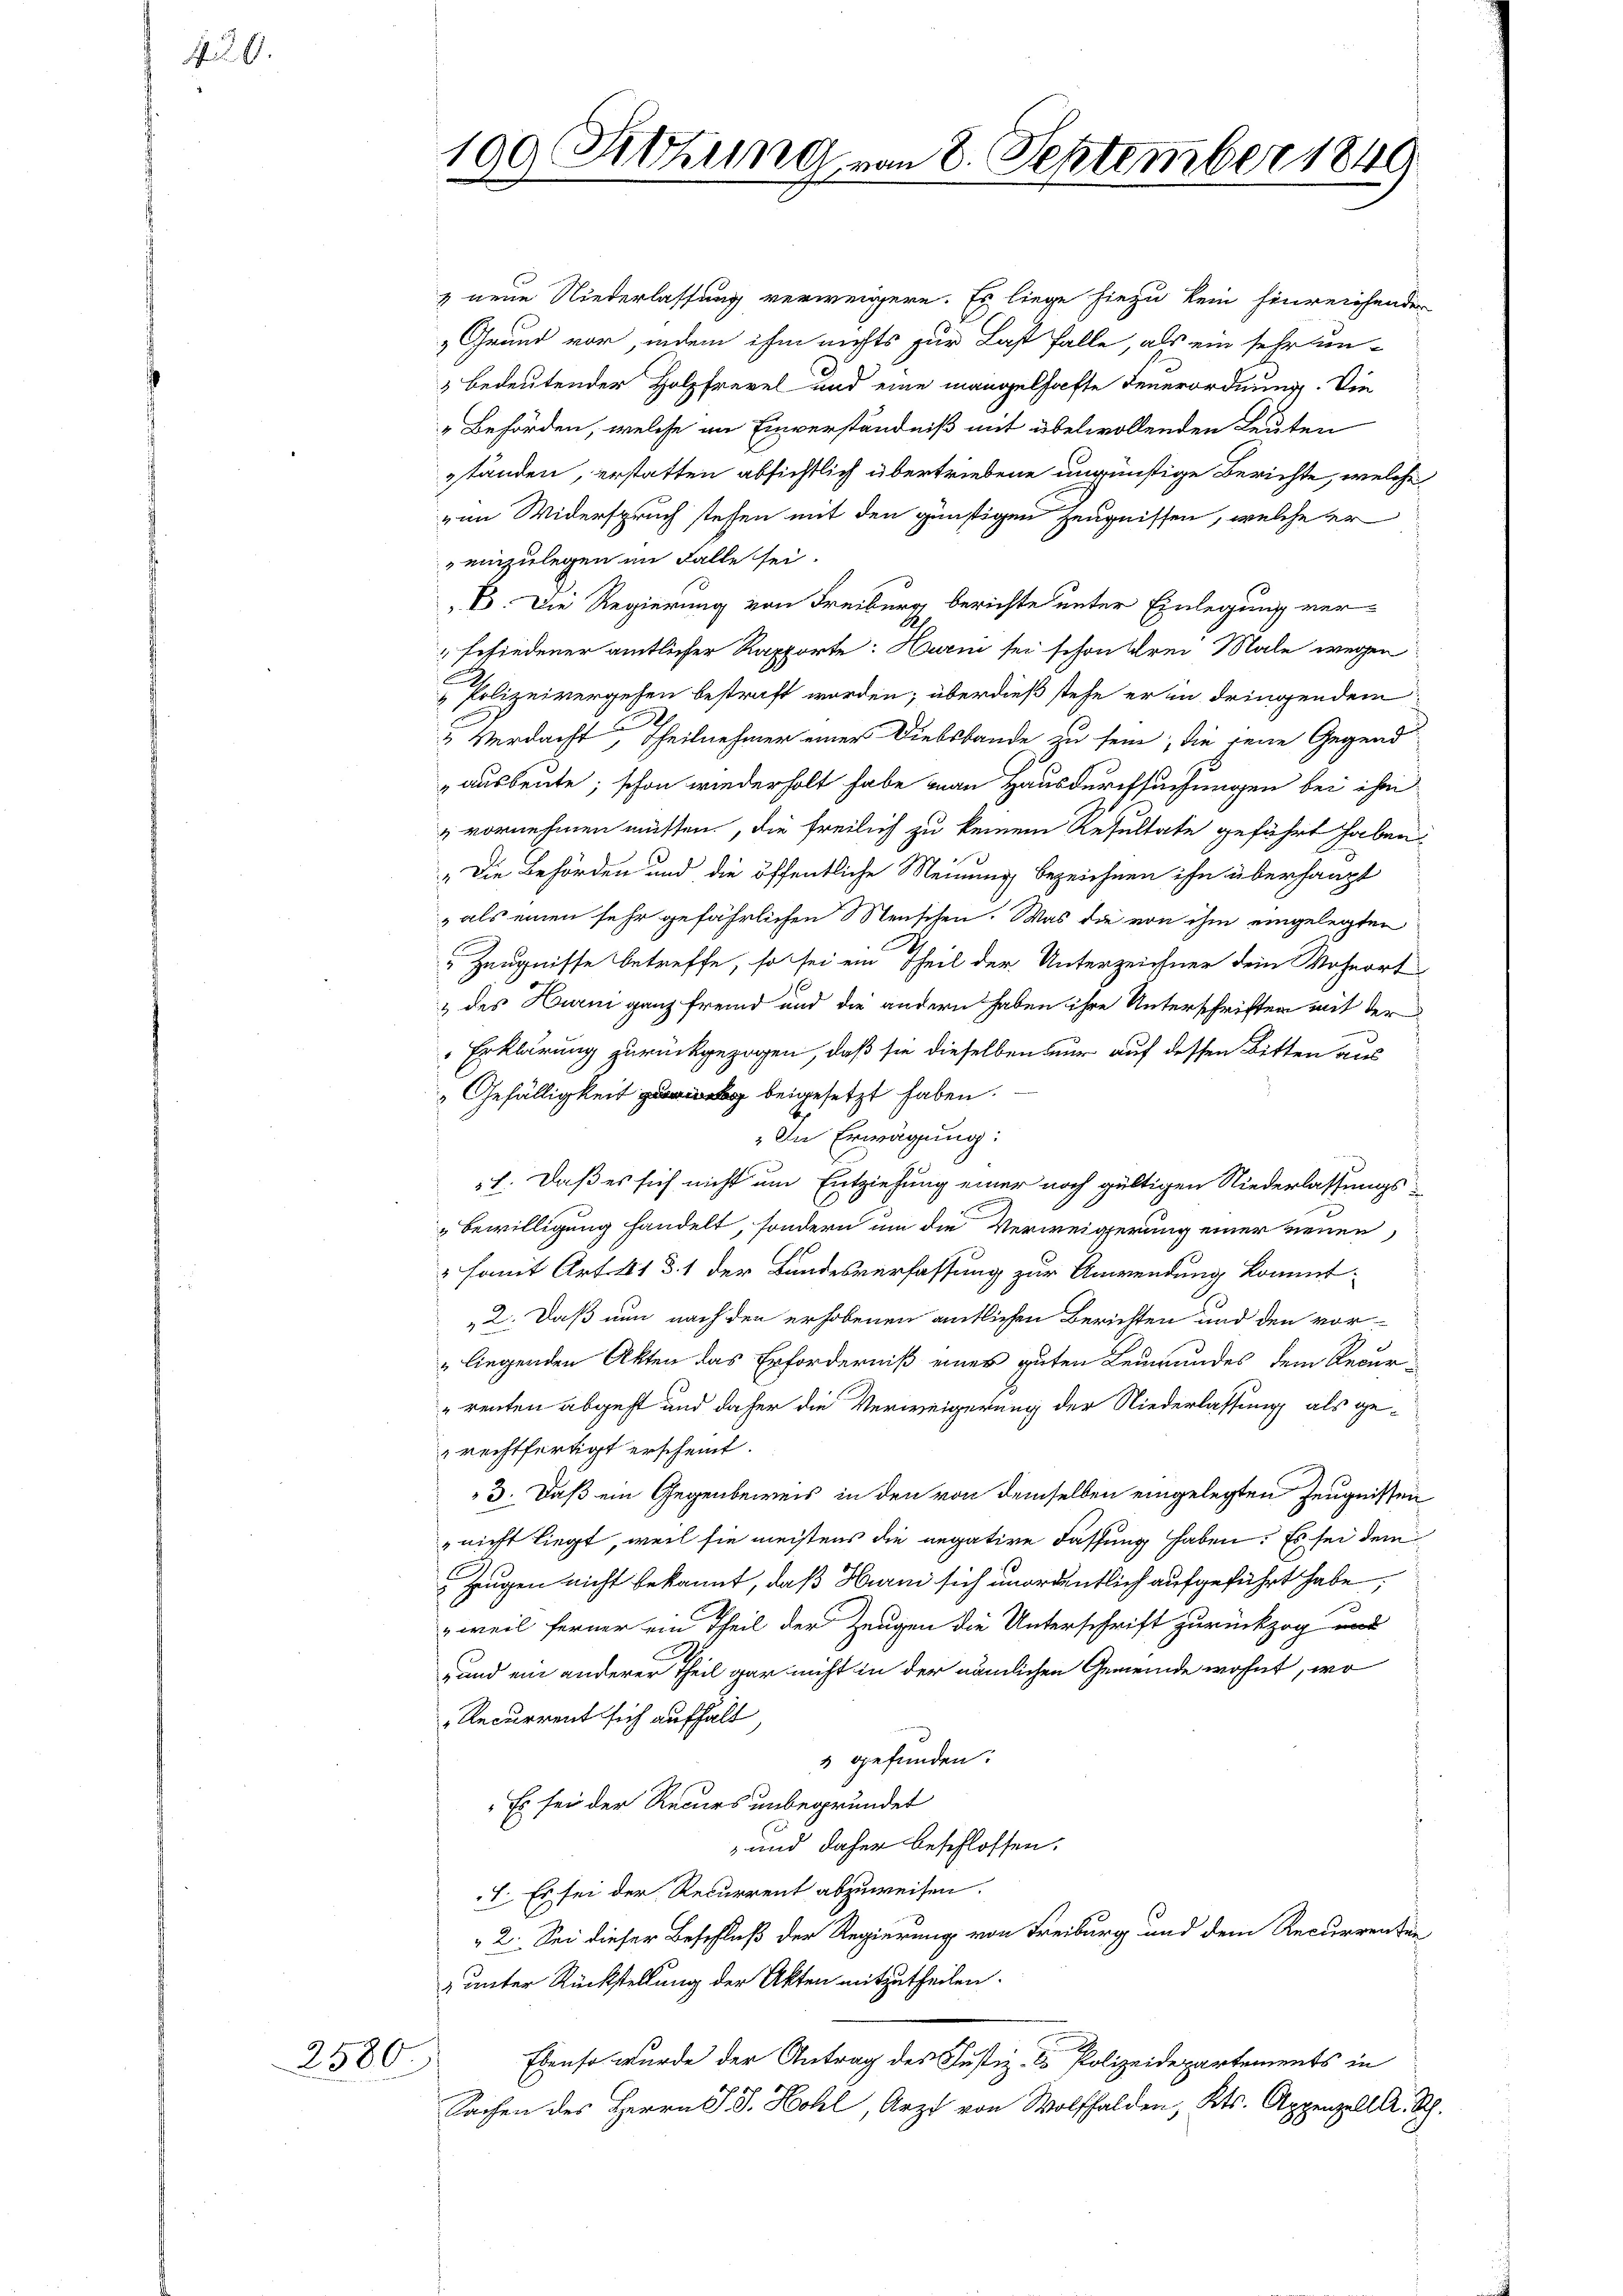
42. 6.

2580.

199 Sitzung von 8. September 1849

neue Niederlassung verweigern. Es liege hiezu kein hinreichenden
„Grund vor, indem ihm nichts zur Last falle, als ein sehr un¬
 bedeutender Holzfrevel und eine mangelhafte Feuerordnung. Die
„Behörden, welche an Einverständniß mit übelwollenden Leuten
ständen, erstatten absichtlich übertriebene ungünstige Berichte, welche
von Widerspruch stehen mit den günstigen Zeugnissen, welche er
einzulegen im Falle sei.
B. Die Regierung von Freiburg berichte unter Einlegung verbefiedener amtlicher Rapporte: Hurni sei schon drei Male wegen
Polizeivergehen bestraft worden; überdieß stehe er in dringendem
2 Verdacht, Theilnehmer einer Diebsbande zu seine, die jene Gegend
ausbeute; schon wiederholt habe man Hausdurchsuchungen bei ihm
" vornehmen müßten, die freilich zu keinem Resultate geführt haben,
"Die Behörden und die öffentliche Meinung bezeichnen ihn überhaupt
,als einen sehr gefährlichen Neuschen. Was die von ihm eingelegten
" Zeugnisse betreffe, so sei ein Theil der Unterzeichner dem Wohnort
& des Hurm ganz fremd und die andern haben ihre Unterschriften mit der
Erklärung zurückgezogen, daß sie dieselben nur auf dessen Bitten aus
Gefälligkeit beigesetzt haben.
In Erwägung:
1. Daß es sich nicht um Entziehung einer noch gültigen Niederlassungs¬
Bewilligung handelt, sondern um die Verweigerung einer neuen,
" Famit Art. 11 d. 1 der Bundesverfassung zur Anwendung kommt.
„2. Daß nun nach den erhobenen amtlichen Berichten und den vor-
„liegenden Akten das Erforderniß eines guten Leumundes dem Recur-
"renten abgeht und daher die Verweigerung der Niederlassung als gerechtfertigt erscheint.
3. Daß ein Gegenbeweis in den von demselben eingelegten Zeugnissen
"nicht liegt, weil sie meistens die negative Fassung haben. Es sei dem
Zeugen nicht bekannt, daß Harm sich unordentlich aufgeführt habe;
weil ferner ein Theil der Zeugen die Unterschrift zurückzog und
und ein anderer Theil gar nicht in der nämlichen Gemeinde wohnt, wo
Recurrent sich aufhalt
3 gefunden:
Es sei der Recurs unbegründet
und daher beschlossen:
I. Es sei der Recurrent abzuweisen.
2. Sei dieser Beschluß der Regierung von Freiburg und dem Recurrenten
 unter Rückstellung der Akten mitzutheilen.
Ebenso wurde der Antrag des Justiz- & Polizeidepartements in
Sachen des Herrn P. J. Hohl, Arzt von Wolfhalden, Kts. Appenzell A. Sch.